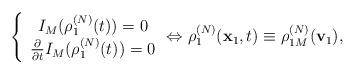
LaTeX: \begin{align*}\left\{\begin{array}{c}I_{M}(\rho _{1}^{(N)}(t))=0 \\\frac{\partial }{\partial t}I_{M}(\rho _{1}^{(N)}(t))=0\end{array}\Leftrightarrow \rho _{1}^{(N)}(\mathbf{x}_{1},t)\equiv \rho _{1M}^{(N)}(\mathbf{v}_{1}),\right. \end{align*}